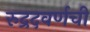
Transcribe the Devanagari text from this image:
रुद्रदवर्णची